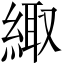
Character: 緅